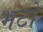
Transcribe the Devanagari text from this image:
भटो